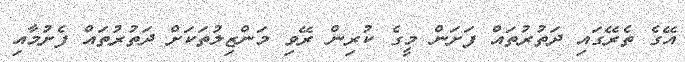
އޭގެ ތެރޭގައި ދަތުރުތައް ފަށަން މީގެ ކުރިން ރޭވި މަންޒިލުތަކަށް ދަތުރުތައް ފެށުމާއި